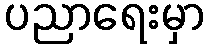
ပညာရေးမှာ